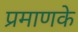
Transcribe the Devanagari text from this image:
प्रमाणके